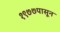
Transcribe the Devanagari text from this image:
१९७७पासून